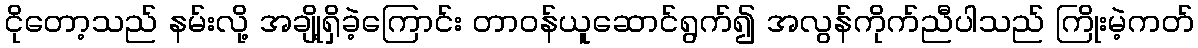
ငိုတော့သည် နမ်းလို့ အချို့ရှိခဲ့ကြောင်း တာဝန်ယူဆောင်ရွက်၍ အလွန်ကိုက်ညီပါသည် ကြိုးမဲ့ကတ်